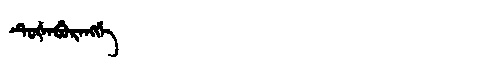
Manchu: ᡨᡠᡧᠠᠪᡠᡵᠠᠩᡤᡝ
Romanization: TUŠABURANGGE